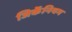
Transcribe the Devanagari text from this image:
जिर्केनियम